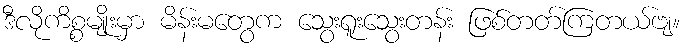
ဒီလိုကိစ္စမျိုးမှာ မိန်းမတွေက သွေးရူးသွေးတန်း ဖြစ်တတ်ကြတယ်ဗျ။